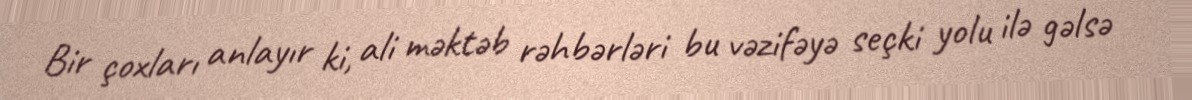
Bir çoxları anlayır ki, ali məktəb rəhbərləri bu vəzifəyə seçki yolu ilə gəlsə